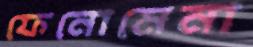
ফেনোমেনা